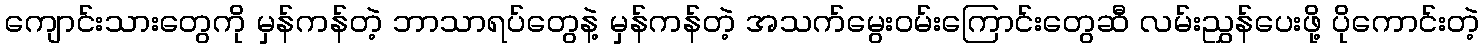
ကျောင်းသားတွေကို မှန်ကန်တဲ့ ဘာသာရပ်တွေနဲ့ မှန်ကန်တဲ့ အသက်မွေးဝမ်းကြောင်းတွေဆီ လမ်းညွှန်ပေးဖို့ ပိုကောင်းတဲ့